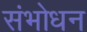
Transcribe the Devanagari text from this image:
संभोधन